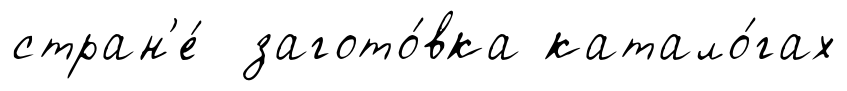
стран'е́ загото́вка катало́гах